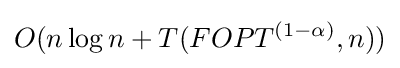
O(n\log {n}+T(FOPT^{(1-\alpha )},n))